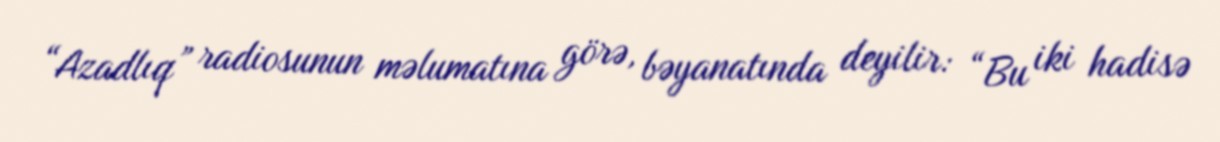
“Azadlıq” radiosunun məlumatına görə, bəyanatında deyilir: “Bu iki hadisə